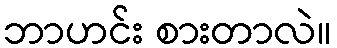
ဘာဟင်း စားတာလဲ။